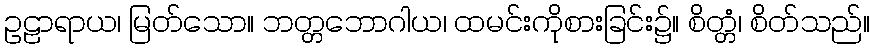
ဥဠာရာယ၊ မြတ်သော။ ဘတ္တဘောဂါယ၊ ထမင်းကိုစားခြင်း၌။ စိတ္တံ၊ စိတ်သည်။